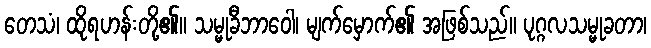
တေသံ၊ ထိုရဟန်းတို့၏။ သမ္မုခီဘာဝေါ၊ မျက်မှောက်၏ အဖြစ်သည်။ ပုဂ္ဂလသမ္မုခတာ၊